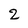
Character: 2